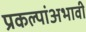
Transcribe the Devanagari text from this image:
प्रकल्पांअभावी